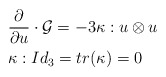
\begin{align*}&\dfrac{\partial}{\partial u}\cdot \mathcal{G} = -3 \kappa : u \otimes u \\&\kappa : Id_3 = tr(\kappa) = 0\end{align*}